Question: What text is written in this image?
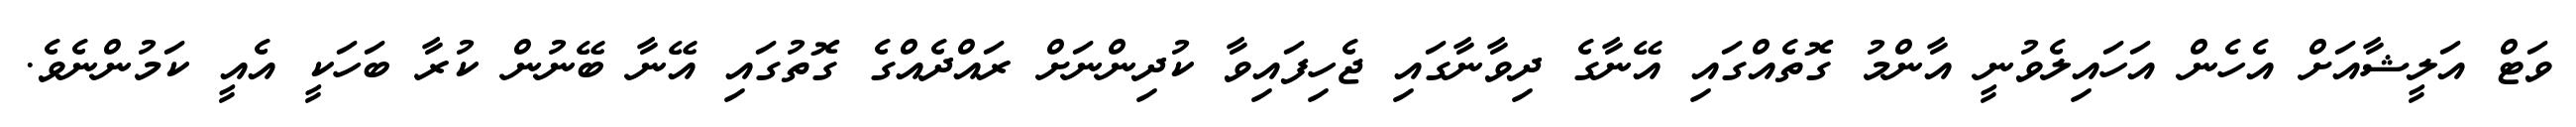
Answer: ވަޓް އަލީޝާއަށް އެހެން އަހައިލެވުނީ އާންމު ގޮތެއްގައި އޭނާގެ ދިވާނާގައި ޖެހިފައިވާ ކުދިންނަށް ރައްދެއްގެ ގޮތުގައި އޭނާ ބޭނުން ކުރާ ބަހަކީ އެއީ ކަމުންނެވެ.